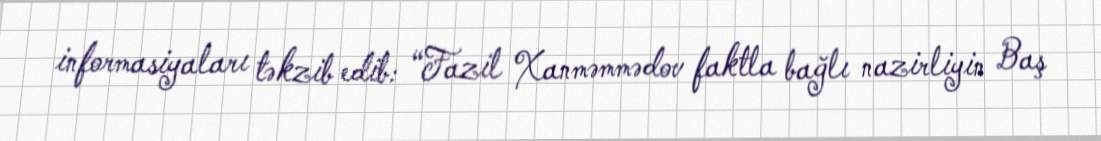
informasiyaları təkzib edib: “Fazil Xanməmmədov faktla bağlı nazirliyin Baş